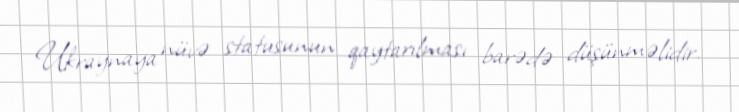
Ukraynaya nüvə statusunun qaytarılması barədə düşünməlidir.